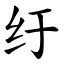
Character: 纡